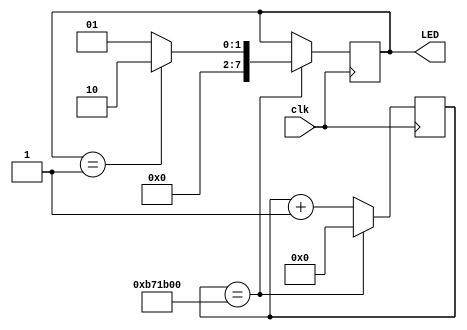
module top
  (
   input clk,
   output [7:0] LED
   );

   parameter TOGGLE_CLOCK = 32'd12000000;

   reg [31:0]   counter = 32'd0;
   reg [7:0]    led_state = 8'd0;

   assign LED = led_state;

   always @(posedge clk)
     begin
        if (counter == TOGGLE_CLOCK)
          begin
             counter <= 32'd0;
             if (led_state == 8'd1)
               begin
                  led_state <= 8'd2;
               end
             else
               begin
                  led_state <= 8'd1;
               end
          end
        else
          begin
             counter <= counter + 1'd1;
          end
     end // always @ (posedge CLK)

endmodule // top